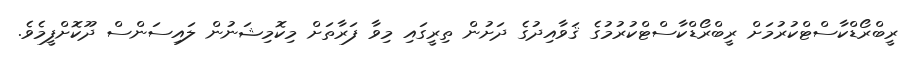
ރީބްރޯޑްކާސްޓްކުރުމަށް ރީބްރޯޑްކާސްޓްކުރުމުގެ ޤަވާއިދުގެ ދަށުން ތިރީގައި މިވާ ފަރާތަށް މިކޮމިޝަނުން ލައިސަންސް ދޫކޮށްފީމެވެ.